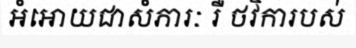
អំអោយជាសំភារៈ រឺ ថវិការបស់